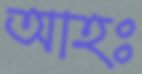
আহঃ